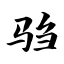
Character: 驺